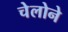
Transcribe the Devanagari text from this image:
चेलोने